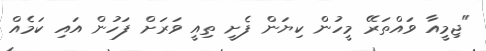
"ޖިމީއާ ވައްތަރޭ މީހުން ކިޔަން ފެށީ ތިއީ ވަރަށް ފަހުން އައި ކަމެއް